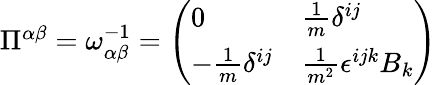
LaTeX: \begin{array}{r}{\Pi^{\alpha\beta}=\omega_{\alpha\beta}^{-1}=\left(\begin{array}{ll}{0}&{\frac{1}{m}\delta^{ij}}\\ {-\frac{1}{m}\delta^{ij}}&{\frac{1}{m^{2}}\epsilon^{ijk}B_{k}}\end{array}\right)}\end{array}